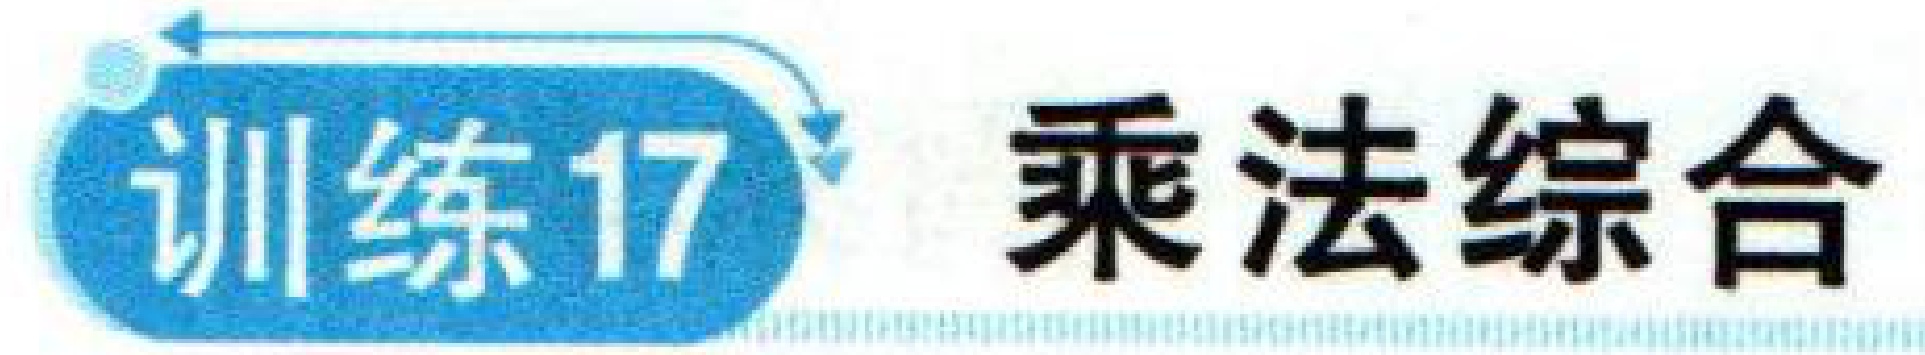
训练17 乘法综合